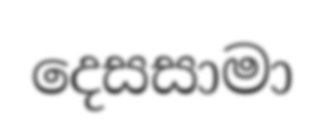
දෙසසාමා